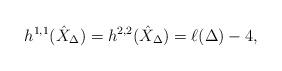
LaTeX: \begin{align*}h^{1,1}(\hat{X}_\Delta) = h^{2,2}(\hat{X}_\Delta) = \ell(\Delta) - 4,\end{align*}